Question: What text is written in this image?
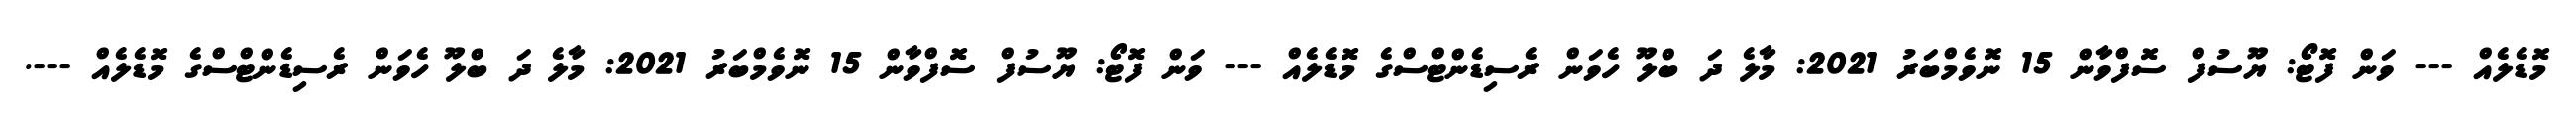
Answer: މޮޑެލެއް --- ވަން ފޮޓޯ: ޔޫސުފް ސޮފްވާން 15 ނޮވެމްބަރު 2021: މާލެ ދަ ބްލޫ ހެވަން ރެސިޑެންޓްސްގެ މޮޑެލެއް --- ވަން ފޮޓޯ: ޔޫސުފް ސޮފްވާން 15 ނޮވެމްބަރު 2021: މާލެ ދަ ބްލޫ ހެވަން ރެސިޑެންޓްސްގެ މޮޑެލެއް ---.